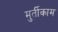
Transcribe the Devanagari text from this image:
मुर्तीकाम